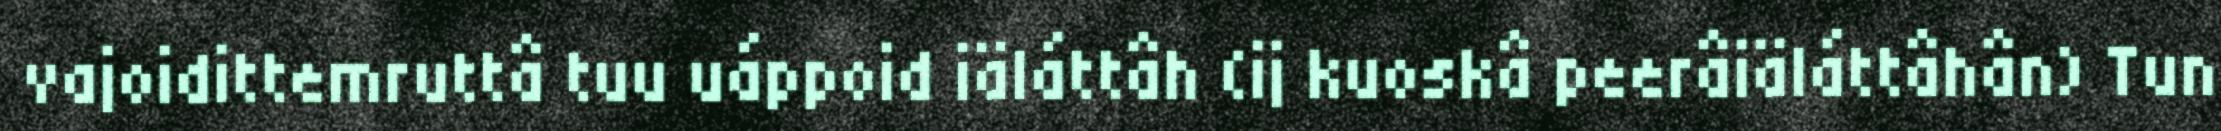
vajoidittemruttâ tuu uáppoid iäláttâh (ij kuoskâ peerâiäláttâhân) Tun